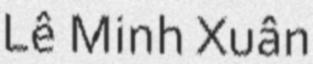
Lê Minh Xuân